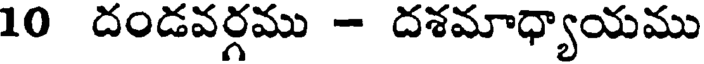
10 దండవర్గము - దశమాధ్యాయము